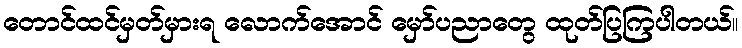
တောင်ထင်မှတ်မှားရ လောက်အောင် မှော်ပညာတွေ ထုတ်ပြကြပါတယ်။